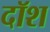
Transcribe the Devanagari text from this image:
दॉश